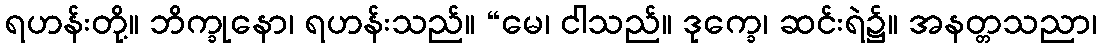
ရဟန်းတို့။ ဘိက္ခုနော၊ ရဟန်းသည်။ “မေ၊ ငါသည်။ ဒုက္ခေ၊ ဆင်းရဲ၌။ အနတ္တသညာ၊